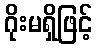
ဂိုးမရှိဖြင့်